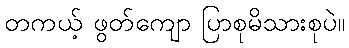
တကယ့် ဖွတ်ကျော ပြာစုမိသားစုပဲ။